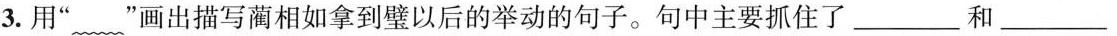
3.用”~”画出描写蔺相如拿到壁以后的举动的句子。句中主要抓住了___ 和 ___